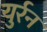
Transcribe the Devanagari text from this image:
युर्रन